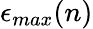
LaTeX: \epsilon_{max}(n)